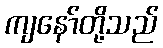
ကျနော်တို့သည်